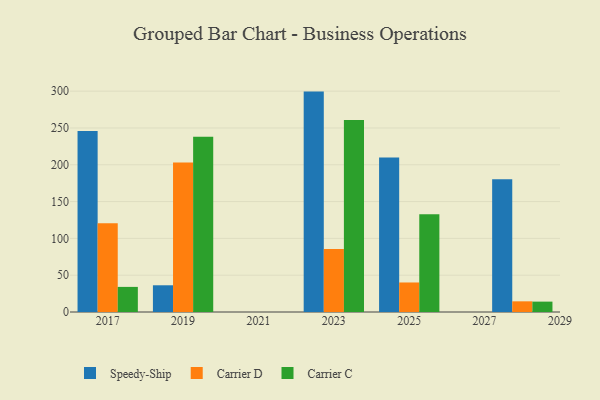
{"axis": {"x": "Year", "y": "Revenue (USD Million)"}, "legend": ["Carrier C", "Carrier D", "Speedy-Ship"], "data": [{"x": "2017", "y": 246.0, "type": "Speedy-Ship"}, {"x": "2017", "y": 120.4, "type": "Carrier D"}, {"x": "2017", "y": 34.1, "type": "Carrier C"}, {"x": "2025", "y": 209.8, "type": "Speedy-Ship"}, {"x": "2025", "y": 40.1, "type": "Carrier D"}, {"x": "2025", "y": 132.8, "type": "Carrier C"}, {"x": "2023", "y": 299.4, "type": "Speedy-Ship"}, {"x": "2023", "y": 85.6, "type": "Carrier D"}, {"x": "2023", "y": 260.8, "type": "Carrier C"}, {"x": "2028", "y": 180.4, "type": "Speedy-Ship"}, {"x": "2028", "y": 14.5, "type": "Carrier D"}, {"x": "2028", "y": 14.1, "type": "Carrier C"}, {"x": "2019", "y": 36.3, "type": "Speedy-Ship"}, {"x": "2019", "y": 203.0, "type": "Carrier D"}, {"x": "2019", "y": 238.1, "type": "Carrier C"}]}